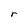
Character: r